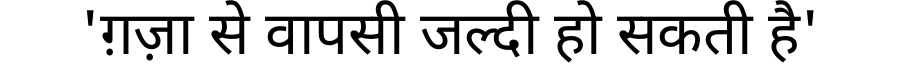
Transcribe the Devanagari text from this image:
'ग़ज़ा से वापसी जल्दी हो सकती है'